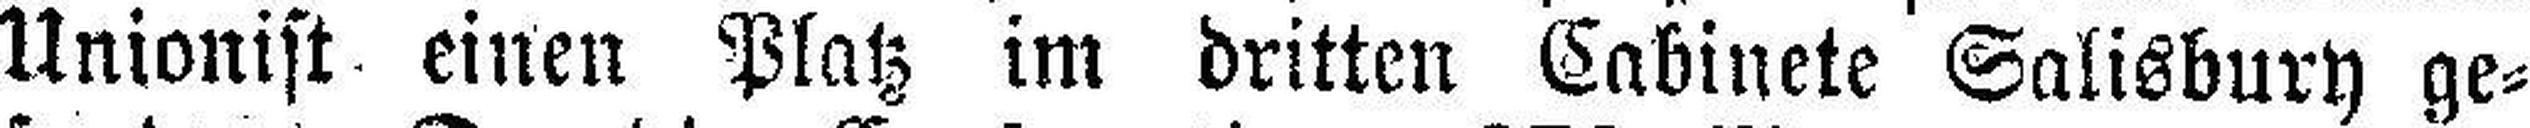
Unionist einen Platz im dritten Cabinete Salisbury ge¬